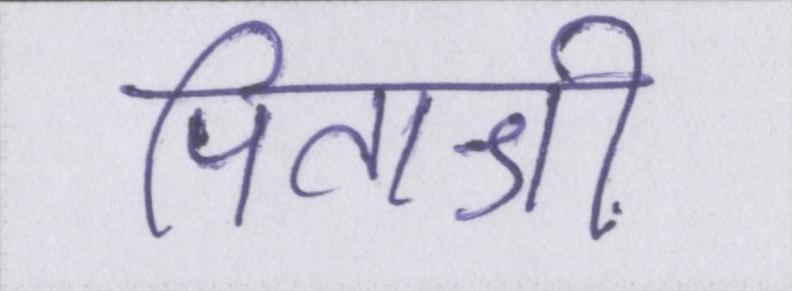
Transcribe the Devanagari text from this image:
पिताश्री